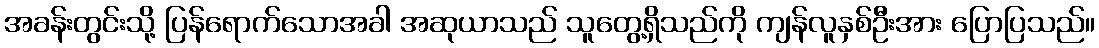
အခန်းတွင်းသို့ ပြန်ရောက်သောအခါ အဆုယာသည် သူတွေ့ရှိသည်ကို ကျန်လူနှစ်ဦးအား ပြောပြသည်။